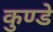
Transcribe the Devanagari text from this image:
कुण्डे